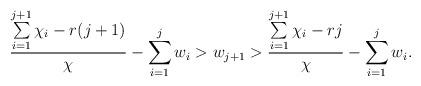
\begin{align*} \frac{\sum\limits_{i=1}^{j+1}\chi_i - r(j+1)}{\chi} - \sum\limits_{i=1}^jw_i > w_{j+1} > \frac{\sum\limits_{i=1}^{j+1}\chi_i - rj}{\chi}-\sum\limits_{i=1}^jw_i. \end{align*}